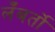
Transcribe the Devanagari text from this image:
लँबर्तो